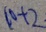
1 0 + 2